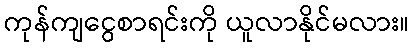
ကုန်ကျငွေစာရင်းကို ယူလာနိုင်မလား။